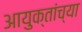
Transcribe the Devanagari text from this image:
आयुक्तांच्या